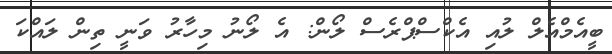
ބީއެމްއެލް ލުއި އެކްސްޕްރެސް ލޯން: އެ ލޯނު މިހާރު ވަނީ ތިން ލައްކަ